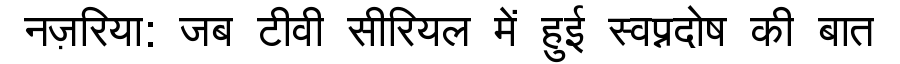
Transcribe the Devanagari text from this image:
नज़रिया: जब टीवी सीरियल में हुई स्वप्नदोष की बात